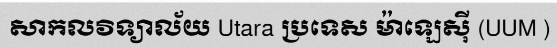
សាកលវិទ្យាល័យ Utara ប្រទេស ម៉ាឡេស៊ី (UUM )